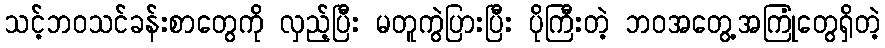
သင့်ဘဝသင်ခန်းစာတွေကို လှည့်ပြီး မတူကွဲပြားပြီး ပိုကြီးတဲ့ ဘဝအတွေ့အကြုံတွေရှိတဲ့